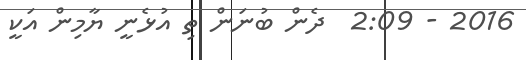
2016 - 2:09  ދެން ބުނަން ތި އުޅެނީ ޔާމިން އަކީ